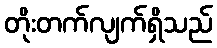
တိုးတက်လျက်ရှိသည်